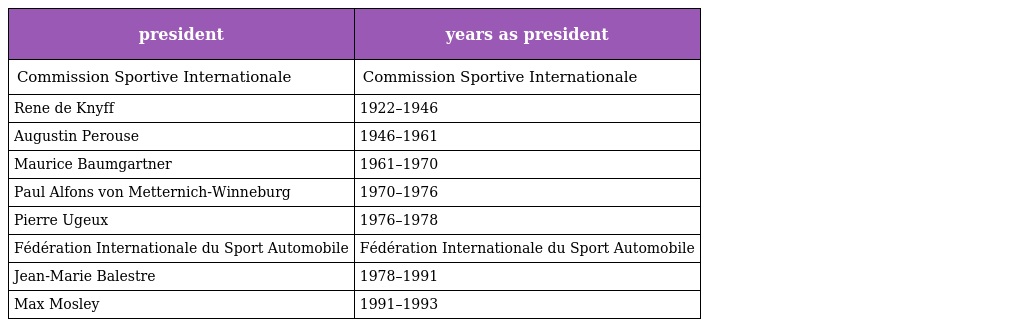
| president | years as president |
 | --- | --- |
 | Commission Sportive Internationale | Commission Sportive Internationale |
 | Rene de Knyff | 1922–1946 |
 | Augustin Perouse | 1946–1961 |
 | Maurice Baumgartner | 1961–1970 |
 | Paul Alfons von Metternich-Winneburg | 1970–1976 |
 | Pierre Ugeux | 1976–1978 |
 | Fédération Internationale du Sport Automobile | Fédération Internationale du Sport Automobile |
 | Jean-Marie Balestre | 1978–1991 |
 | Max Mosley | 1991–1993 |